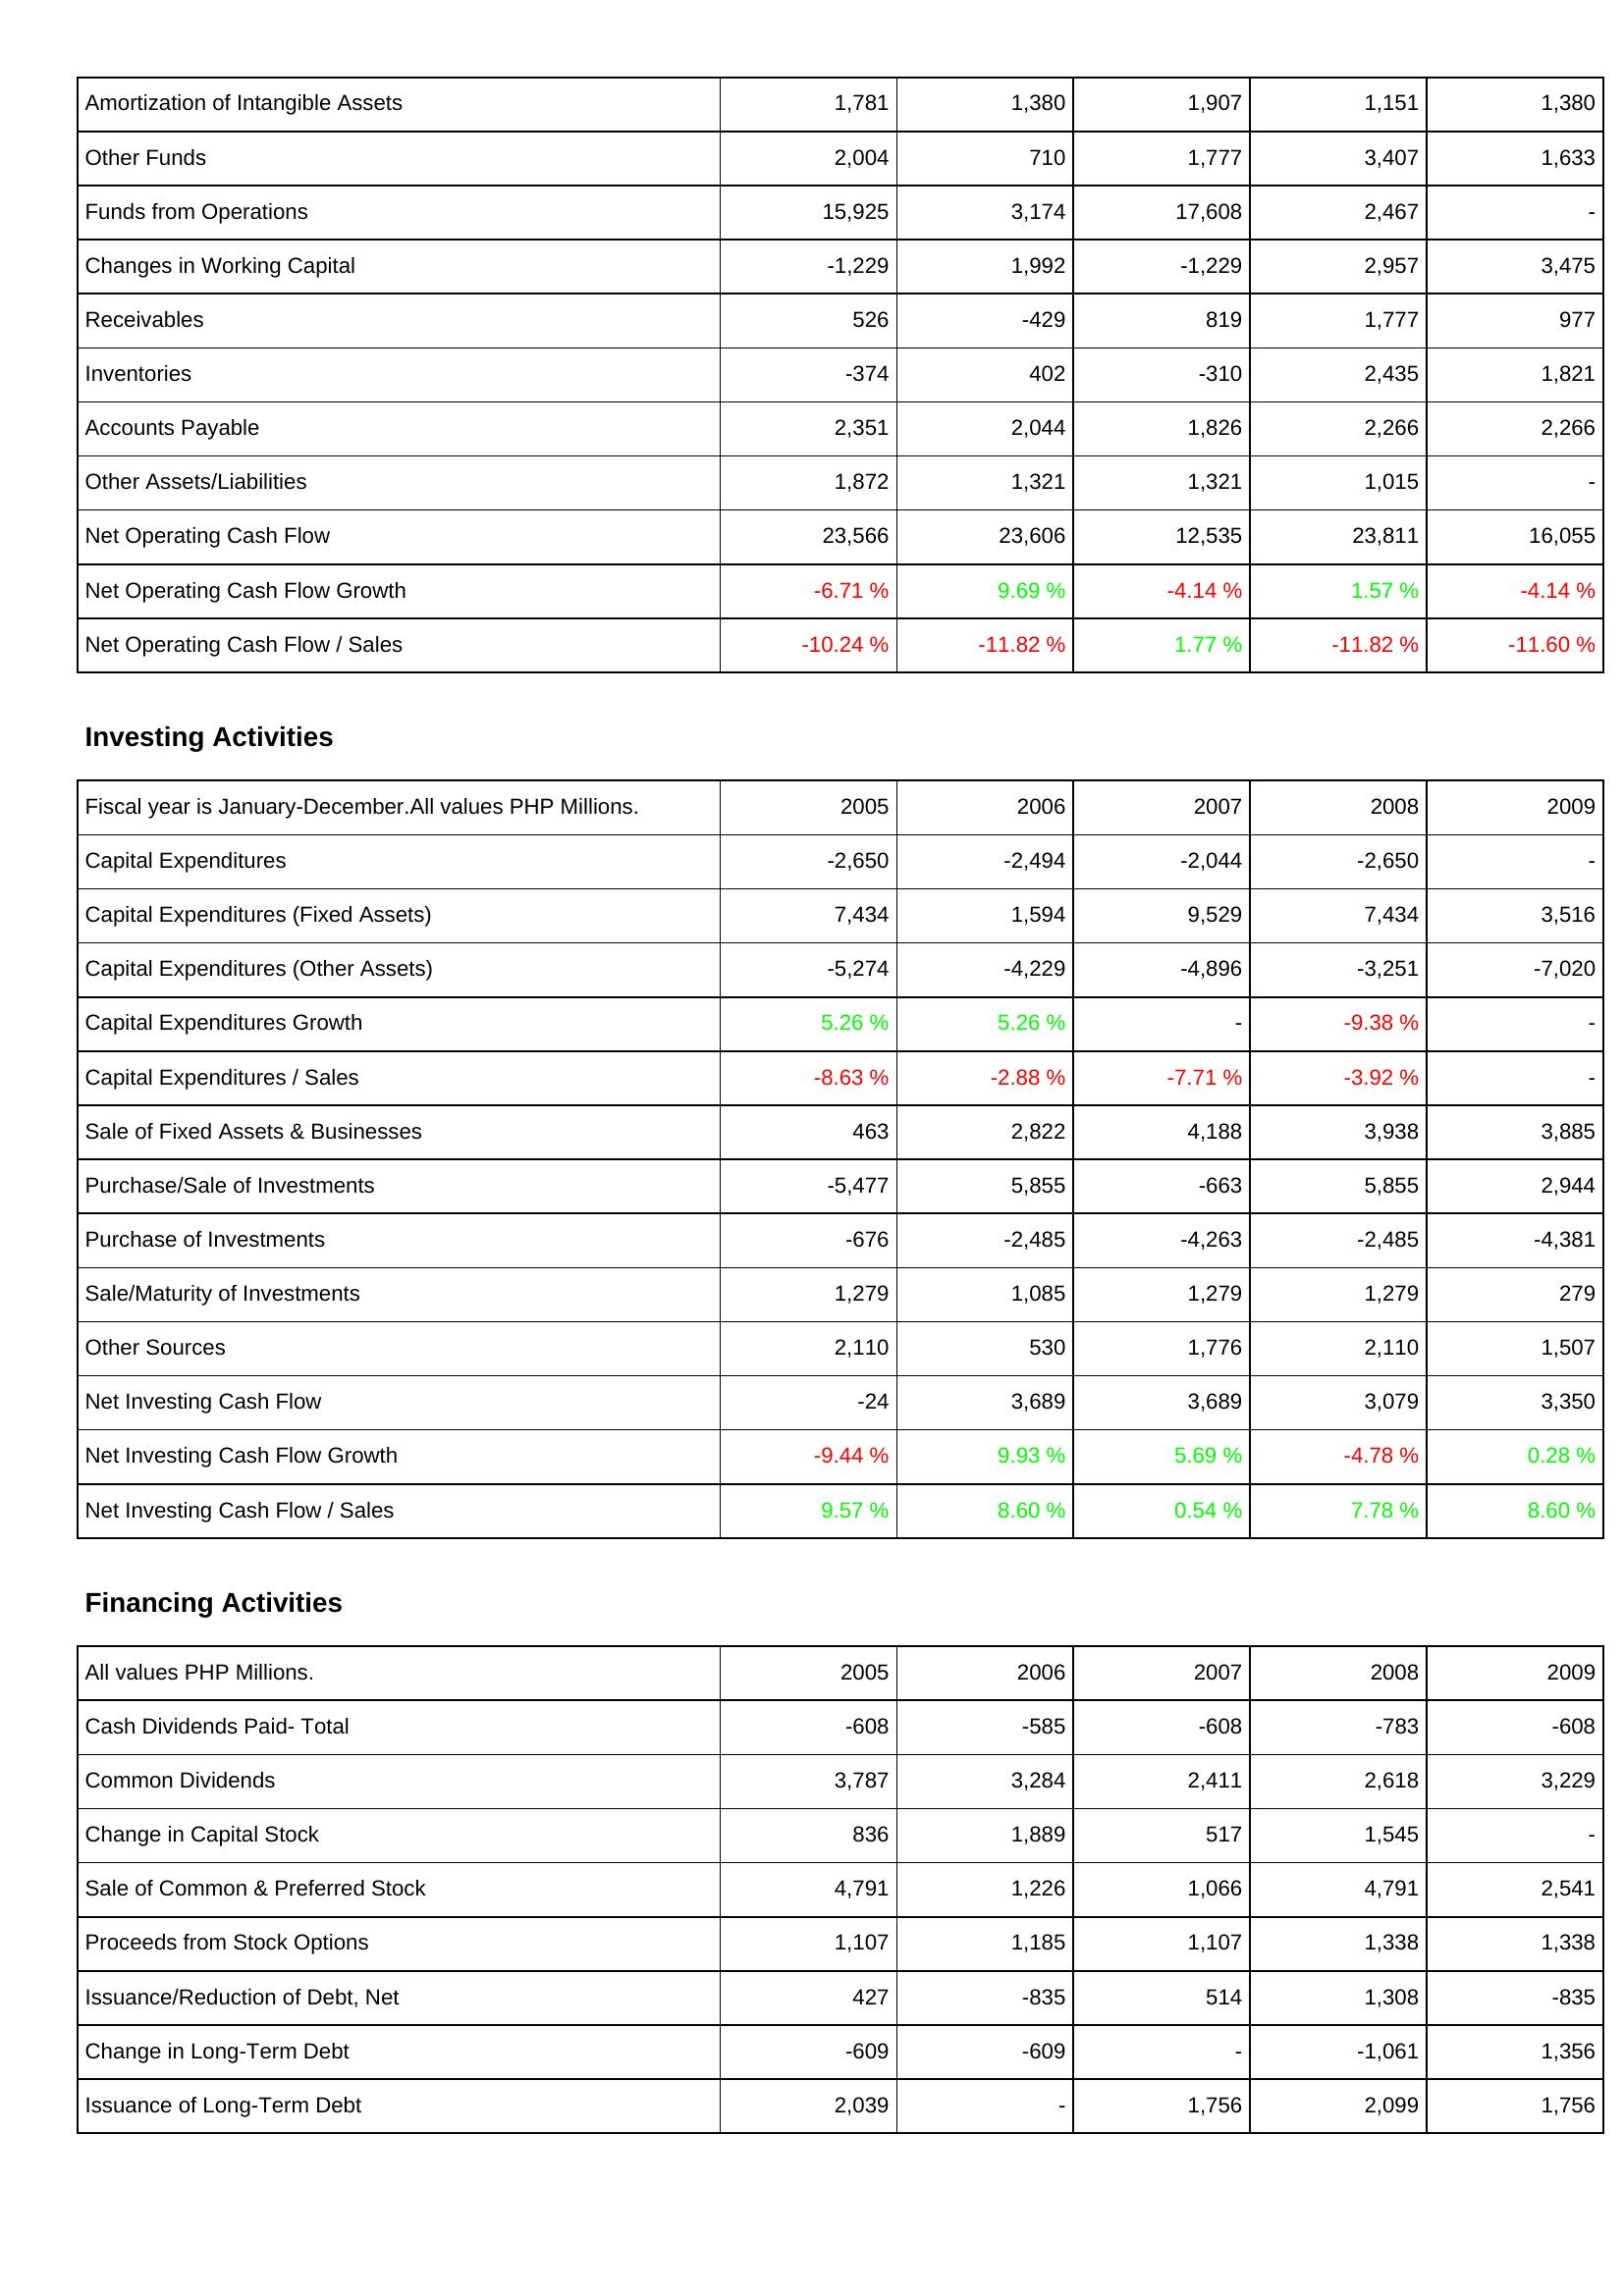
2005: Operating Activities: Amortization of Intangible Assets: 1,781
Other Funds: 2,004
Funds from Operations: 15,925
Changes in Working Capital: -1,229
Receivables: 526
Inventories: -374
Accounts Payable: 2,351
Other Assets/Liabilities: 1,872
Net Operating Cash Flow: 23,566
Net Operating Cash Flow Growth: -6.71 %
Net Operating Cash Flow / Sales: -10.24 %
Investing Activities: Capital Expenditures: -2,650
Capital Expenditures (Fixed Assets): 7,434
Capital Expenditures (Other Assets): -5,274
Capital Expenditures Growth: 5.26 %
Capital Expenditures / Sales: -8.63 %
Sale of Fixed Assets & Businesses: 463
Purchase/Sale of Investments: -5,477
Purchase of Investments: -676
Sale/Maturity of Investments: 1,279
Other Sources: 2,110
Net Investing Cash Flow: -24
Net Investing Cash Flow Growth: -9.44 %
Net Investing Cash Flow / Sales: 9.57 %
Financing Activities: Cash Dividends Paid- Total: -608
Common Dividends: 3,787
Change in Capital Stock: 836
Sale of Common & Preferred Stock: 4,791
Proceeds from Stock Options: 1,107
Issuance/Reduction of Debt, Net: 427
Change in Long-Term Debt: -609
Issuance of Long-Term Debt: 2,039
2006: Operating Activities: Amortization of Intangible Assets: 1,380
Other Funds: 710
Funds from Operations: 3,174
Changes in Working Capital: 1,992
Receivables: -429
Inventories: 402
Accounts Payable: 2,044
Other Assets/Liabilities: 1,321
Net Operating Cash Flow: 23,606
Net Operating Cash Flow Growth: 9.69 %
Net Operating Cash Flow / Sales: -11.82 %
Investing Activities: Capital Expenditures: -2,494
Capital Expenditures (Fixed Assets): 1,594
Capital Expenditures (Other Assets): -4,229
Capital Expenditures Growth: 5.26 %
Capital Expenditures / Sales: -2.88 %
Sale of Fixed Assets & Businesses: 2,822
Purchase/Sale of Investments: 5,855
Purchase of Investments: -2,485
Sale/Maturity of Investments: 1,085
Other Sources: 530
Net Investing Cash Flow: 3,689
Net Investing Cash Flow Growth: 9.93 %
Net Investing Cash Flow / Sales: 8.60 %
Financing Activities: Cash Dividends Paid- Total: -585
Common Dividends: 3,284
Change in Capital Stock: 1,889
Sale of Common & Preferred Stock: 1,226
Proceeds from Stock Options: 1,185
Issuance/Reduction of Debt, Net: -835
Change in Long-Term Debt: -609
Issuance of Long-Term Debt: -
2007: Operating Activities: Amortization of Intangible Assets: 1,907
Other Funds: 1,777
Funds from Operations: 17,608
Changes in Working Capital: -1,229
Receivables: 819
Inventories: -310
Accounts Payable: 1,826
Other Assets/Liabilities: 1,321
Net Operating Cash Flow: 12,535
Net Operating Cash Flow Growth: -4.14 %
Net Operating Cash Flow / Sales: 1.77 %
Investing Activities: Capital Expenditures: -2,044
Capital Expenditures (Fixed Assets): 9,529
Capital Expenditures (Other Assets): -4,896
Capital Expenditures Growth: -
Capital Expenditures / Sales: -7.71 %
Sale of Fixed Assets & Businesses: 4,188
Purchase/Sale of Investments: -663
Purchase of Investments: -4,263
Sale/Maturity of Investments: 1,279
Other Sources: 1,776
Net Investing Cash Flow: 3,689
Net Investing Cash Flow Growth: 5.69 %
Net Investing Cash Flow / Sales: 0.54 %
Financing Activities: Cash Dividends Paid- Total: -608
Common Dividends: 2,411
Change in Capital Stock: 517
Sale of Common & Preferred Stock: 1,066
Proceeds from Stock Options: 1,107
Issuance/Reduction of Debt, Net: 514
Change in Long-Term Debt: -
Issuance of Long-Term Debt: 1,756
2008: Operating Activities: Amortization of Intangible Assets: 1,151
Other Funds: 3,407
Funds from Operations: 2,467
Changes in Working Capital: 2,957
Receivables: 1,777
Inventories: 2,435
Accounts Payable: 2,266
Other Assets/Liabilities: 1,015
Net Operating Cash Flow: 23,811
Net Operating Cash Flow Growth: 1.57 %
Net Operating Cash Flow / Sales: -11.82 %
Investing Activities: Capital Expenditures: -2,650
Capital Expenditures (Fixed Assets): 7,434
Capital Expenditures (Other Assets): -3,251
Capital Expenditures Growth: -9.38 %
Capital Expenditures / Sales: -3.92 %
Sale of Fixed Assets & Businesses: 3,938
Purchase/Sale of Investments: 5,855
Purchase of Investments: -2,485
Sale/Maturity of Investments: 1,279
Other Sources: 2,110
Net Investing Cash Flow: 3,079
Net Investing Cash Flow Growth: -4.78 %
Net Investing Cash Flow / Sales: 7.78 %
Financing Activities: Cash Dividends Paid- Total: -783
Common Dividends: 2,618
Change in Capital Stock: 1,545
Sale of Common & Preferred Stock: 4,791
Proceeds from Stock Options: 1,338
Issuance/Reduction of Debt, Net: 1,308
Change in Long-Term Debt: -1,061
Issuance of Long-Term Debt: 2,099
2009: Operating Activities: Amortization of Intangible Assets: 1,380
Other Funds: 1,633
Funds from Operations: -
Changes in Working Capital: 3,475
Receivables: 977
Inventories: 1,821
Accounts Payable: 2,266
Other Assets/Liabilities: -
Net Operating Cash Flow: 16,055
Net Operating Cash Flow Growth: -4.14 %
Net Operating Cash Flow / Sales: -11.60 %
Investing Activities: Capital Expenditures: -
Capital Expenditures (Fixed Assets): 3,516
Capital Expenditures (Other Assets): -7,020
Capital Expenditures Growth: -
Capital Expenditures / Sales: -
Sale of Fixed Assets & Businesses: 3,885
Purchase/Sale of Investments: 2,944
Purchase of Investments: -4,381
Sale/Maturity of Investments: 279
Other Sources: 1,507
Net Investing Cash Flow: 3,350
Net Investing Cash Flow Growth: 0.28 %
Net Investing Cash Flow / Sales: 8.60 %
Financing Activities: Cash Dividends Paid- Total: -608
Common Dividends: 3,229
Change in Capital Stock: -
Sale of Common & Preferred Stock: 2,541
Proceeds from Stock Options: 1,338
Issuance/Reduction of Debt, Net: -835
Change in Long-Term Debt: 1,356
Issuance of Long-Term Debt: 1,756